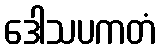
ဒေါသပကတံ